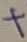
Text: +